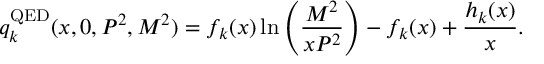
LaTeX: q _ { k } ^ { \mathrm { Q E D } } ( x , 0 , P ^ { 2 } , M ^ { 2 } ) = f _ { k } ( x ) \ln \left( \frac { M ^ { 2 } } { x P ^ { 2 } } \right) - f _ { k } ( x ) + \frac { h _ { k } ( x ) } { x } .